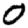
Digit: 0